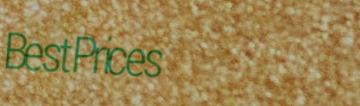
BestPrices